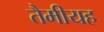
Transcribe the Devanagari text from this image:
तैमीयह